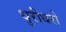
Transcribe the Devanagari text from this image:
धुरीधरो